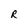
Character: R